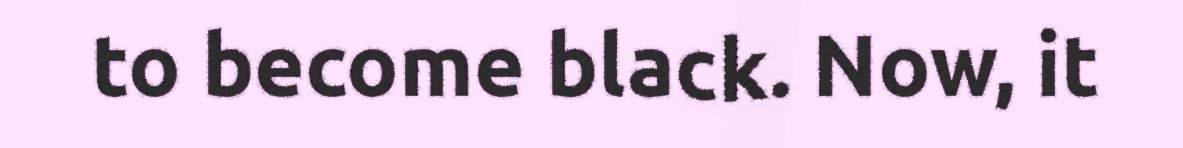
to become black. Now, it